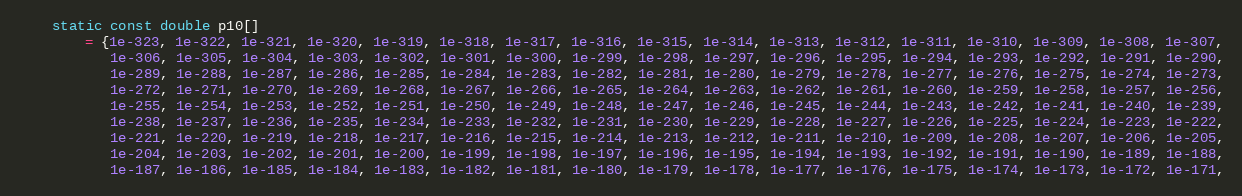
Language: C++
    static const double p10[]
        = {1e-323, 1e-322, 1e-321, 1e-320, 1e-319, 1e-318, 1e-317, 1e-316, 1e-315, 1e-314, 1e-313, 1e-312, 1e-311, 1e-310, 1e-309, 1e-308, 1e-307,
           1e-306, 1e-305, 1e-304, 1e-303, 1e-302, 1e-301, 1e-300, 1e-299, 1e-298, 1e-297, 1e-296, 1e-295, 1e-294, 1e-293, 1e-292, 1e-291, 1e-290,
           1e-289, 1e-288, 1e-287, 1e-286, 1e-285, 1e-284, 1e-283, 1e-282, 1e-281, 1e-280, 1e-279, 1e-278, 1e-277, 1e-276, 1e-275, 1e-274, 1e-273,
           1e-272, 1e-271, 1e-270, 1e-269, 1e-268, 1e-267, 1e-266, 1e-265, 1e-264, 1e-263, 1e-262, 1e-261, 1e-260, 1e-259, 1e-258, 1e-257, 1e-256,
           1e-255, 1e-254, 1e-253, 1e-252, 1e-251, 1e-250, 1e-249, 1e-248, 1e-247, 1e-246, 1e-245, 1e-244, 1e-243, 1e-242, 1e-241, 1e-240, 1e-239,
           1e-238, 1e-237, 1e-236, 1e-235, 1e-234, 1e-233, 1e-232, 1e-231, 1e-230, 1e-229, 1e-228, 1e-227, 1e-226, 1e-225, 1e-224, 1e-223, 1e-222,
           1e-221, 1e-220, 1e-219, 1e-218, 1e-217, 1e-216, 1e-215, 1e-214, 1e-213, 1e-212, 1e-211, 1e-210, 1e-209, 1e-208, 1e-207, 1e-206, 1e-205,
           1e-204, 1e-203, 1e-202, 1e-201, 1e-200, 1e-199, 1e-198, 1e-197, 1e-196, 1e-195, 1e-194, 1e-193, 1e-192, 1e-191, 1e-190, 1e-189, 1e-188,
           1e-187, 1e-186, 1e-185, 1e-184, 1e-183, 1e-182, 1e-181, 1e-180, 1e-179, 1e-178, 1e-177, 1e-176, 1e-175, 1e-174, 1e-173, 1e-172, 1e-171,